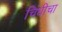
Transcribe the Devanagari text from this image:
चिंधीचा